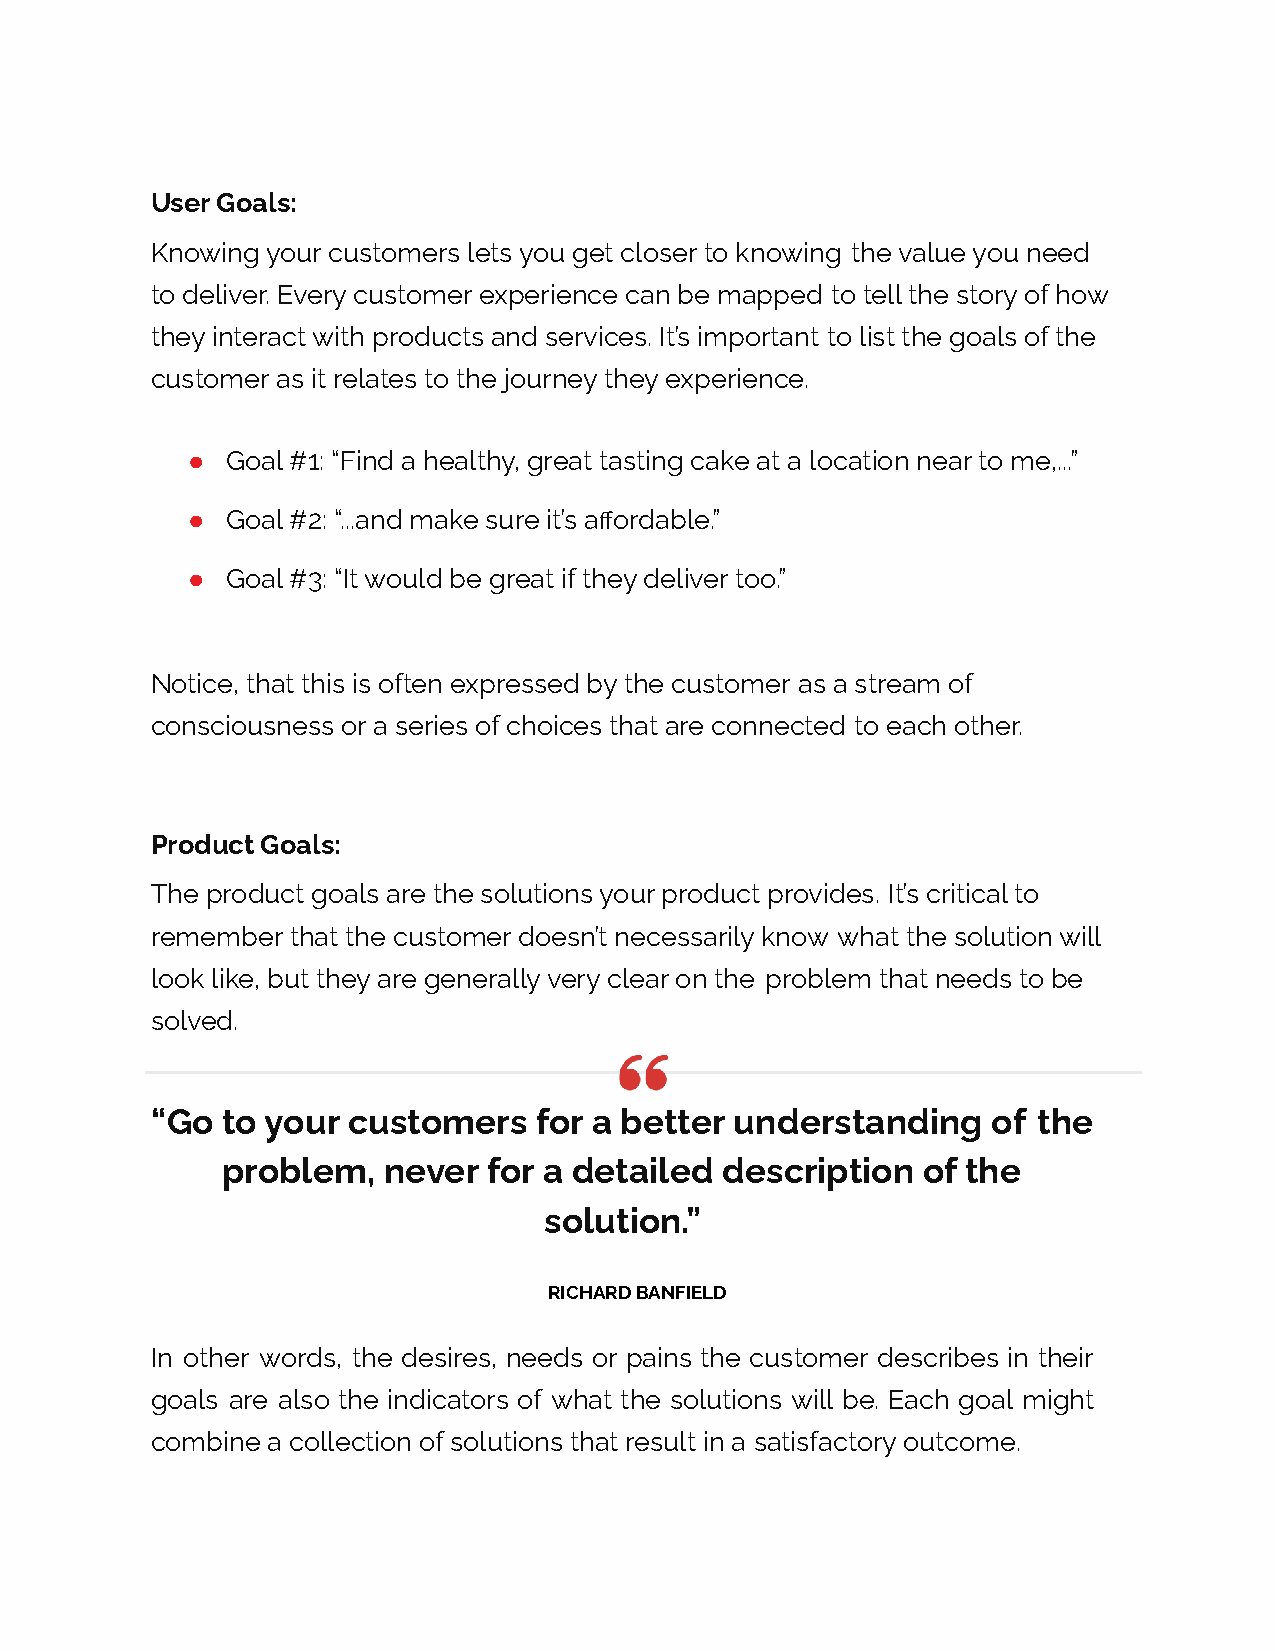
User Goals:
 Knowing your customers lets you get closer to knowing the value you need
 to deliver. Every customer experience can be mapped to tell the story of how
 they interact with products and services. It’s important to list the goals of the
 customer as it relates to the journey they experience.
 ●  Goal #1: “Find a healthy, great tasting cake at a location near to me,...”
 ●  Goal #2: “...and make sure it’s affordable.”
 ●  Goal #3: “It would be great if they deliver too.”
 Notice, that this is often expressed by the customer as a stream of
 consciousness or a series of choices that are connected to each other.
 Product Goals:
 The product goals are the solutions your product provides. It’s critical to
 remember that the customer doesn’t necessarily know what the solution will
 look like, but they are generally very clear on the problem that needs to be
 solved.
 “Go  to your customers   for a better  understanding    of the
 problem,  never  for a detailed  description  of the
 solution.”
 RICHARD BANFIELD
 In other words, the desires, needs or pains the customer describes in their
 goals are also the indicators of what the solutions will be. Each goal might
 combine a collection of solutions that result in a satisfactory outcome.